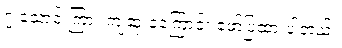
၇ သောင်းကြား ကျဆုံးခဲ့ကြောင်း ဖော်ပြထားပါတယ်။